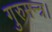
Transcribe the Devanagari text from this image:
गुरुमन्त्र।